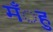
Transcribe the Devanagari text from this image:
मँुह